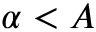
\alpha < A